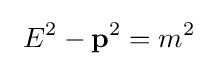
\ E^{2}-\mathbf {p} ^{2}=m^{2}\